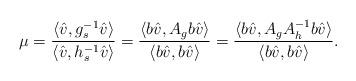
LaTeX: \begin{align*}\mu=\frac{\langle \hat{v},g_s^{-1}\hat{v}\rangle}{\langle \hat{v},h_s^{-1}\hat{v}\rangle}=\frac{\langle b\hat{v},A_g b\hat{v}\rangle}{\langle b\hat{v},b\hat{v}\rangle}=\frac{\langle b\hat{v},A_g A_h^{-1}b\hat{v}\rangle}{\langle b\hat{v},b\hat{v}\rangle}.\end{align*}